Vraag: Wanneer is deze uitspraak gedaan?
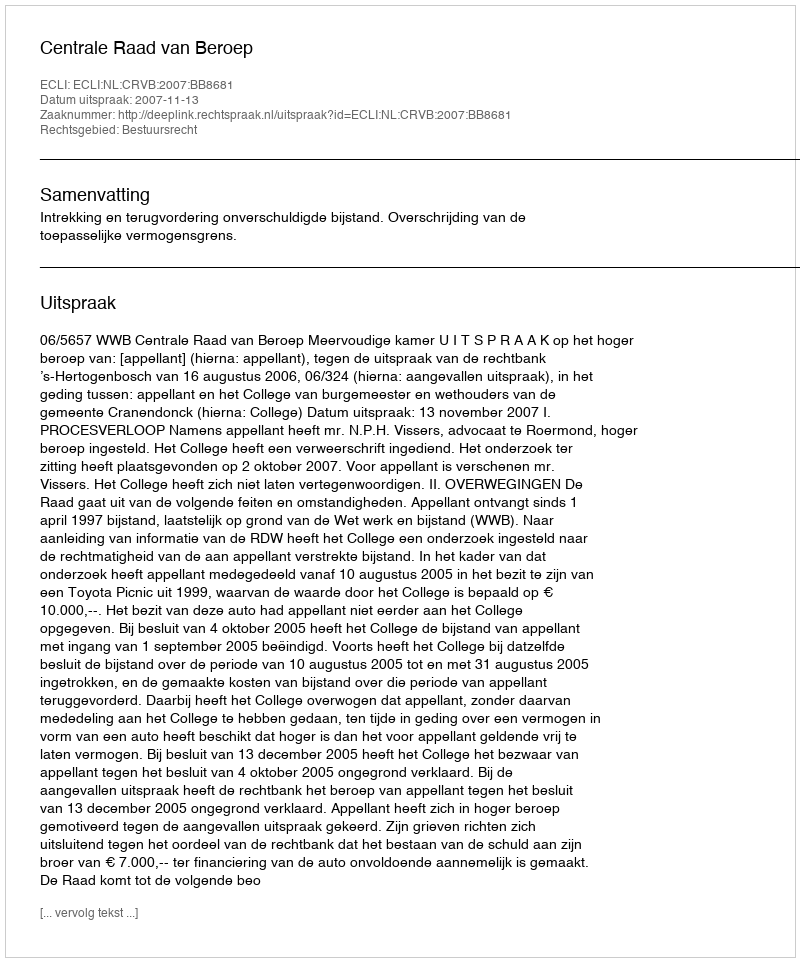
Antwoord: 2007-11-13